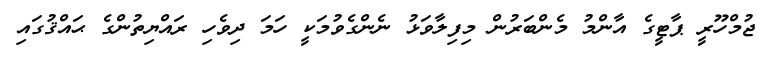
ޖުމްހޫރީ ޕާޓީގެ އާންމު މެންބަރުން މިފިލާވަޅު ނެންގެވުމަކީ ހަމަ ދިވެހި ރައްޔިތުންގެ ޙައްޤުގައި